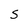
Character: S